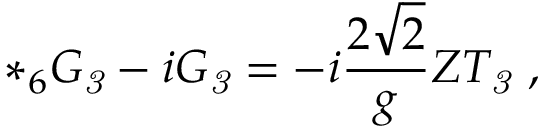
* _ { 6 } G _ { \it 3 } - i G _ { \it 3 } = - i \frac { 2 \sqrt { 2 } } { g } Z T _ { \it 3 } \ ,